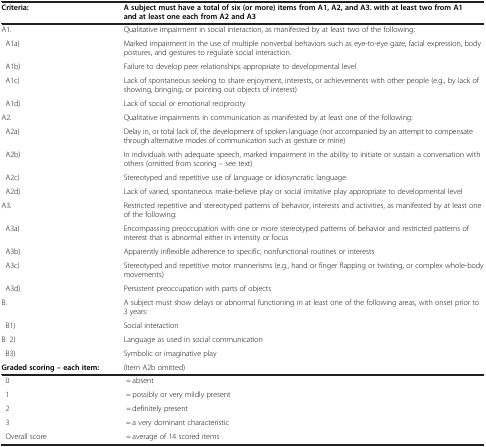
| Criteria: | A subject must have a total of six (or more) items from A1, A2, and A3. with at least two from A1 and at least one each from A2 and A3 |
 | --- | --- |
 | A1. | Qualitative impairment in social interaction, as manifested by at least two of the following: |
 | A1a) | Marked impairment in the use of multiple nonverbal behaviors such as eye-to-eye gaze, facial expression, body postures, and gestures to regulate social interaction. |
 | A1b) | Failure to develop peer relationships appropriate to developmental level |
 | A1c) | Lack of spontaneous seeking to share enjoyment, interests, or achievements with other people (e.g., by lack of showing, bringing, or pointing out objects of interest) |
 | A1d) | Lack of social or emotional reciprocity |
 | A2. | Qualitative impairments in communication as manifested by at least one of the following: |
 | A2a) | Delay in, or total lack of, the development of spoken language (not accompanied by an attempt to compensate through alternative modes of communication such as gesture or mine) |
 | A2b) | In individuals with adequate speech, marked impairment in the ability to initiate or sustain a conversation with others (omitted from scoring – see text) |
 | A2c) | Stereotyped and repetitive use of language or idiosyncratic language |
 | A2d) | Lack of varied, spontaneous make-believe play or social imitative play appropriate to developmental level |
 | A3. | Restricted repetitive and stereotyped patterns of behavior, interests and activities, as manifested by at least one of the following: |
 | A3a) | Encompassing preoccupation with one or more stereotyped patterns of behavior and restricted patterns of interest that is abnormal either in intensity or focus |
 | A3b) | Apparently inflexible adherence to specific, nonfunctional routines or interests |
 | A3c) | Stereotyped and repetitive motor mannerisms (e.g., hand or finger flapping or twisting, or complex whole-body movements) |
 | A3d) | Persistent preoccupation with parts of objects |
 | B. | A subject must show delays or abnormal functioning in at least one of the following areas, with onset prior to 3 years: |
 | B1) | Social interaction |
 | B 2) | Language as used in social communication |
 | B3) | Symbolic or imaginative play |
 | Graded scoring – each item: | (Item A2b omitted) |
 | 0 | = absent |
 | 1 | = possibly or very mildly present |
 | 2 | = definitely present |
 | 3 | = a very dominant characteristic |
 | Overall score | = average of 14 scored items |